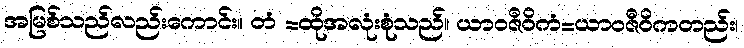
အမြစ်သည်လည်းကောင်း။ တံ =ထိုအလုံးစုံသည်။ ယာဝဇီဝိကံ=ယာဝဇီဝိကတည်း၊